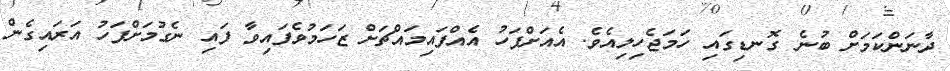
ދާނަންކަމަށް ބުނެ ގޮނޑިގައި ހަމަޖެހިލިއެވެ. އެއަށްފަހު އެއްފައިމައްޗަށް ޒަހަމުވެފައިވާ ފައި ނެގުމަށްފަހު އަރައިގެން